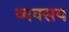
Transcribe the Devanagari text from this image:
व्यवसय